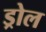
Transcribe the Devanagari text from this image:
ड्रोल